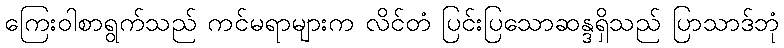
ကြေးဝါစာရွက်သည် ကင်မရာများက လိင်တံ ပြင်းပြသောဆန္ဒရှိသည် ပြာသာဒ်ဘုံ